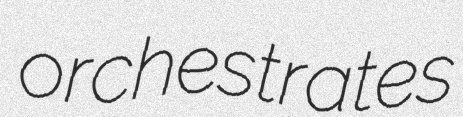
orchestrates